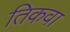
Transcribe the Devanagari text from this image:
तिकवा